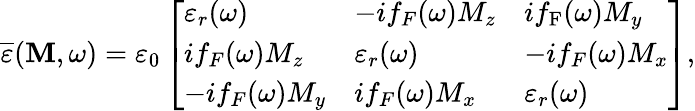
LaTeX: \overline{{\varepsilon}}(\mathbf{M},\omega)=\varepsilon_{0}\left[\begin{array}{lll}{\varepsilon_{r}(\omega)}&{-if_{{F}}(\omega)M_{z}}&{if_{\mathrm{F}}(\omega)M_{y}}\\ {if_{{F}}(\omega)M_{z}}&{\varepsilon_{r}(\omega)}&{-if_{{F}}(\omega)M_{x}}\\ {-if_{{F}}(\omega)M_{y}}&{if_{{F}}(\omega)M_{x}}&{\varepsilon_{r}(\omega)}\end{array}\right],